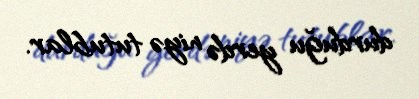
durduğu yerdə niyə tutublar.